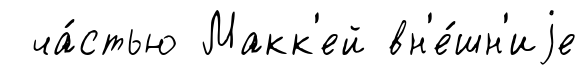
ча́стью Макк'ей вн'е́шн'иjе